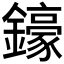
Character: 𨮙